Report of the Municipal Commissioner on the plague in Bombay for the year ending 31st May... - Volume 1
Disease focus: Plague
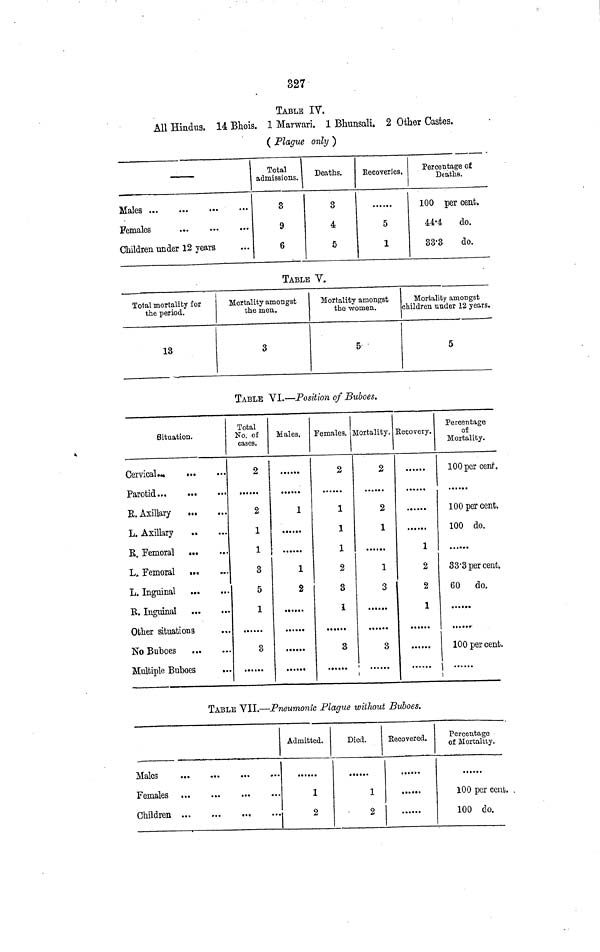
327
TABLE IV.
All Hindus. 14 Bhois. 1 Marwari. 1 Bhunsali. 2 Other Castes.
( Plague only )
Males
Females
Children under 12 years
Total
admissions.
3
9
6
Deaths.
3
4
5
Recoveries.
5
1
Percentage of
Deaths.
100 per cent.
44-4 do.
33-3
do.
TABLE V.
Total mortality for
the period.
13
Mortality amongst
the men.
3
Mortality amongst
the women.
5
Mortality amongst
children under 12 years.
5
TABLE VI.—Position of Buboes.
Situation.
Cervical...
Parotid...
E. Axillary
...
L. Axillary
..
R. Femoral
...
L, Femoral
•.
L. Inguinal
...
R. Inguinal
Other situations
No Buboes
Multiple Buboes
Total
No. of
cases.
2
2
1
1
3
5
1
3
Males.
1
1
2
••••••
Females.
2
1
1
1
2
8
1
3
Mortality.
2
2
1
1
3
3
Recovery.
1
2
2
1
Percentage
of
Mortality.
100 per cent.
100 per cent.
100 do.
33'3 per cent.
60 do.
•••••••
100 per cent.
1
i
TABLE VII.—Pneumonic Plague without Buboes.
Females
Children
Admitted.
1
2
Died.
......
1
2
Recovered.
....
Percentage
of Mortality,
......
100 per cent,
100 do.